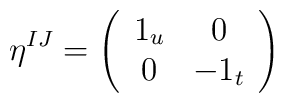
\eta^{IJ} = \left( \begin{array}{cc} 1_{u} & 0 \\ 0 & -1_{t} \end{array}\right)